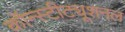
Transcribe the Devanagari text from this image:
कॉन्स्टीट्यूशनल